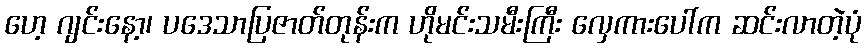
ဟေ့ ဂျင်းနော့၊ ပဒေသာပြဇာတ်တုန်းက ဟိုမင်းသမီးကြီး လှေကားပေါ်က ဆင်းလာတဲ့ပုံ